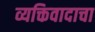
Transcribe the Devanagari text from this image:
व्यक्तिवादाचा